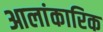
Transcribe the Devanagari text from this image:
आलांकारिक